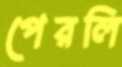
পেরলি